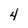
Character: 4